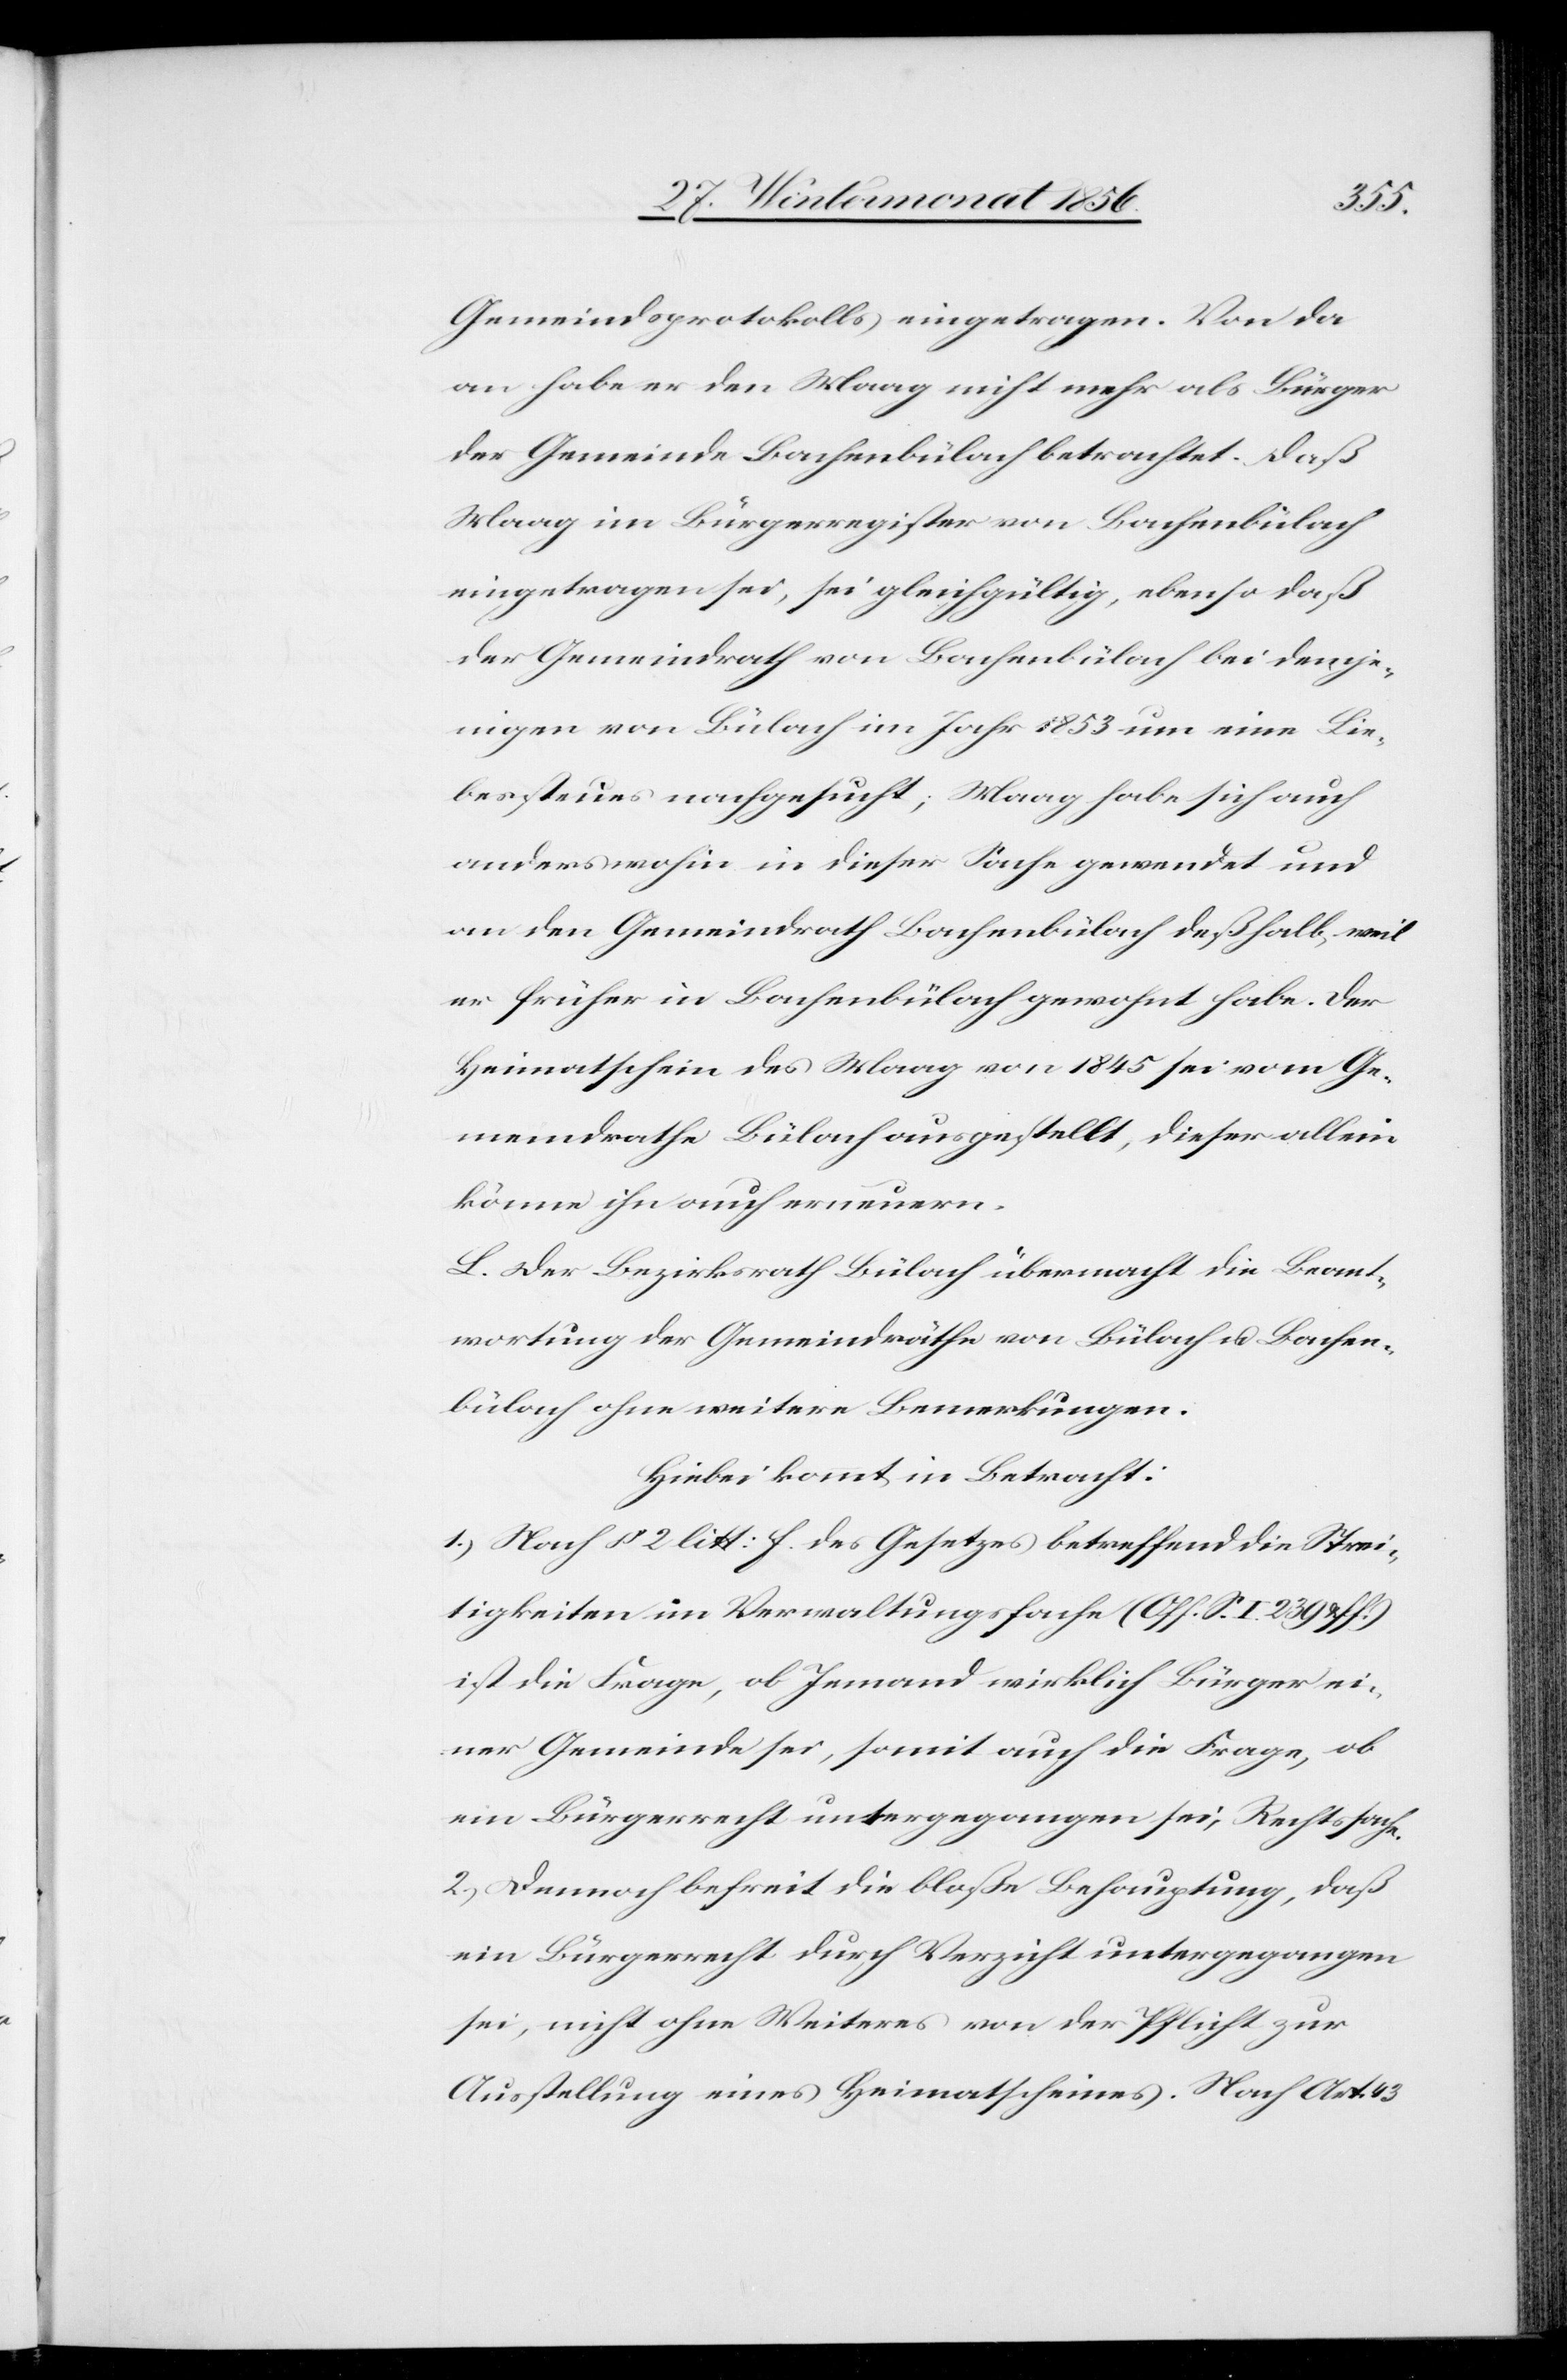
Lie¬
Gemeindsprotokolls eingetragen. Von da
an habe er den Maag nicht mehr als Bürger
der Gemeinde Bachenbülach betrachtet. Daß
Maag im Bürgerregister von Bachenbülach
eingetragen sei, sei gleichgültig, ebenso daß
der Gemeindrath von Bachenbülach bei demje¬
nigen von Bülach im Jahr 1853 um eine Liebe¬
bessteuer] nachgesucht; Maag habe sich auch
anderswohin in dieser Sache gewandt und
an den Gemeindrath Bachenbülach deßhalb, weil
er früher in Bachenbülach gewohnt habe. Der
Heimatschein des Maag von 1845 sei vom Ge¬
meindrathe Bülach ausgestellt, dieser allein
könne ihn auch erneuern.
L. Der Bezirksrath Bülach übermacht die Beant¬
wortung der Gemeindräthe von Bülach u. Bachen¬
bülach ohne weitere Bemerkungen.
Hiebei kommt in Betracht:
1.) Nach § 2 litt: f. des Gesetzes betreffend die Strei¬
tigkeiten im Verwaltungsfache (Off. S. I. 239 & s f.)
ist die Frage, ob Jemand wirklich Bürger ei¬
ner Gemeinde sei, somit auch die Frage, ob
ein Bürgerrecht untergegangen sei, Rechtssache.
2.) Dennoch befreit die bloße Behauptung, daß
ein Bürgerrecht durch Verzicht untergegangen
sei, nicht ohne Weiteres von der Pflicht zur
Ausstellung eines Heimatscheines. Nach Art. 43